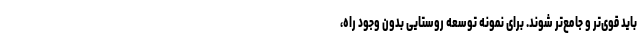
باید قوی‌تر و جامع‌تر شوند. برای نمونه توسعه روستایی بدون وجود راه،